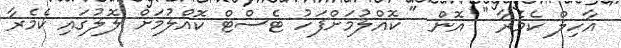
އާހިލް ކެމެރާ " އޮން " ކޮއްލުމަށްފަހު ޓެސްޓް ކޮއްލުމަށް ލޮލުގައި ކެމެރާ